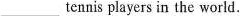
___ tennis players in the world.